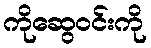
ကိုဆွေဝင်းကို